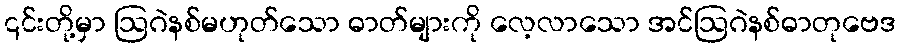
၎င်းတို့မှာ ဩဂဲနစ်မဟုတ်သော ဓာတ်များကို လေ့လာသော အင်ဩဂဲနစ်ဓာတုဗေဒ